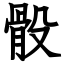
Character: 骰